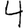
Digit: 4